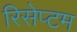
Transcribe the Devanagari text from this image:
रिसेप्टम